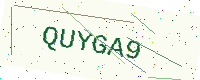
Text: QUYGA9